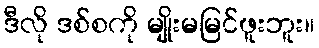
ဒီလို ဒစ်စကို မျိုးမမြင်ဖူးဘူး။